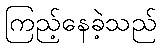
ကြည့်နေခဲ့သည်